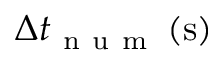
\Delta t _ { \mathrm { ~ n ~ u ~ m ~ } } \left( \mathrm { s } \right)